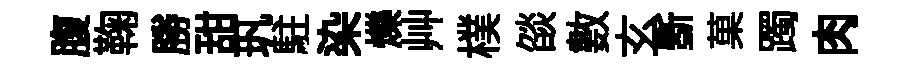
腹鞠勝甜㺬駐染爍艸樸燄數玄斵菓躅肉